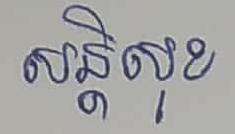
សន្តិសុខ